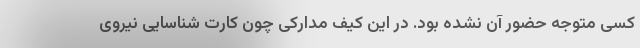
کسی متوجه حضور آن نشده بود. در این کیف مدارکی چون کارت شناسایی نیروی